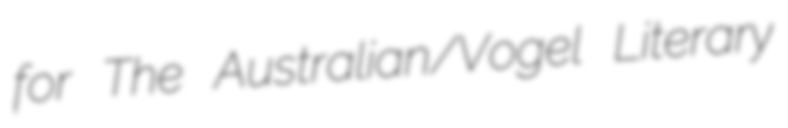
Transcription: for The Australian/Vogel Literary